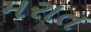
મરાત